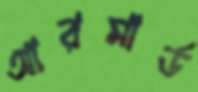
আরমার্ড